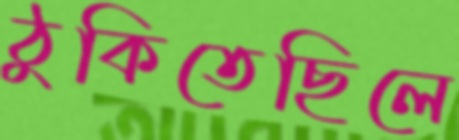
ঠুকিতেছিলে